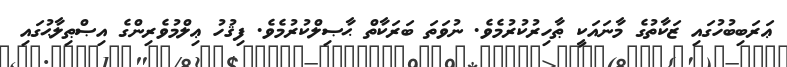
ޢަރަބިބުހުގައި ޒަކާތުގެ މާނައަކީ ޠާހިރުކުރުމެވެ. ނުވަތަ ބަރަކާތް ޙާޞިލްކުރުމެވެ. ފިޤުހު ޢިލްމުވެރިންގެ އިޞްޠިލާޙުގައި